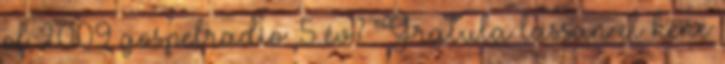
of 2009 gospelradio: 5 év? Gratula lassan el kéne